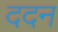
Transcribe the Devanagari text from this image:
ददन